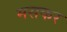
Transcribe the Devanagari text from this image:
मसकर